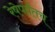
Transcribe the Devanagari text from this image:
रेषेपर्यंतच